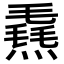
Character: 𪹮